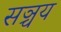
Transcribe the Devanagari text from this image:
सञ्चय